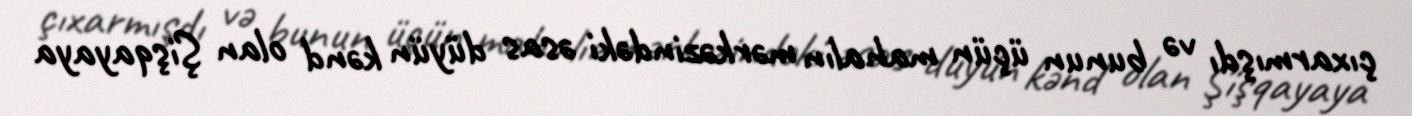
çıxarmışdı və bunun üçün mahalın mərkəzindəki əsas düyün kənd olan Şişqayaya